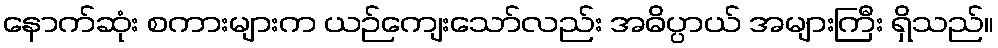
နောက်ဆုံး စကားများက ယဉ်ကျေးသော်လည်း အဓိပ္ပာယ် အများကြီး ရှိသည်။